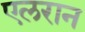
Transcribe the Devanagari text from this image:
एलरान